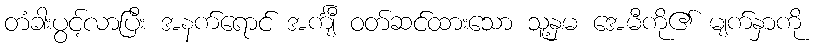
တံခါးပွင့်လာပြီး အနက်ရောင် အင်္ကျီ ဝတ်ဆင်ထားသော သူ့နှမ အေမီကို၏ မျက်နှာကို